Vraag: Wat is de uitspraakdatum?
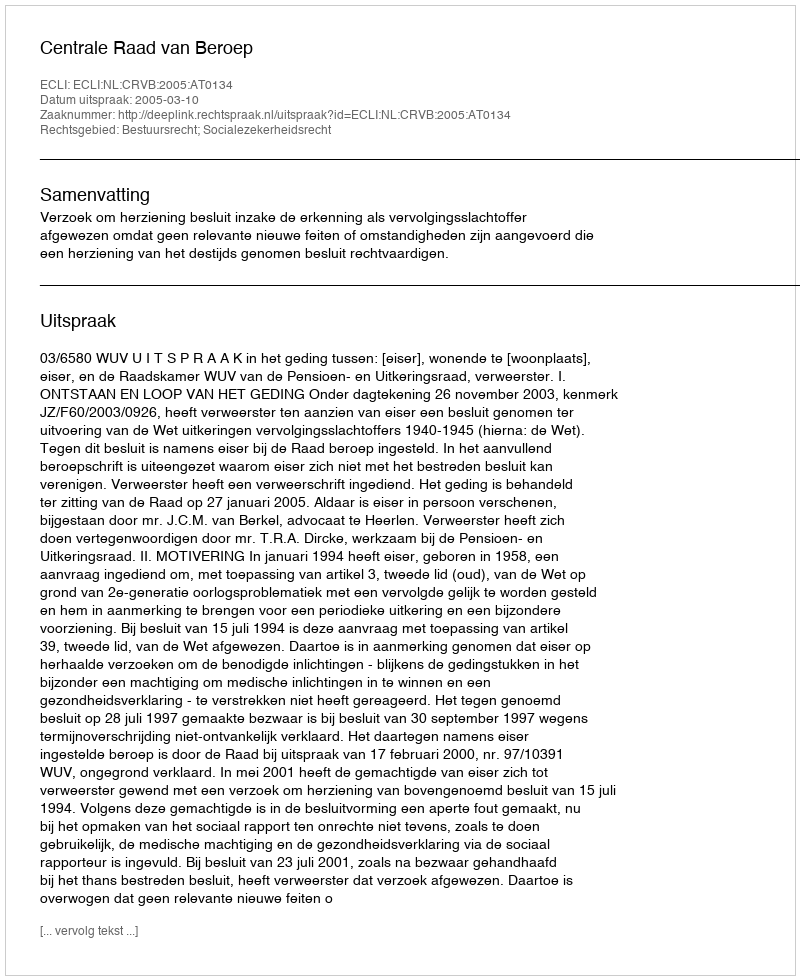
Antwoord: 2005-03-10